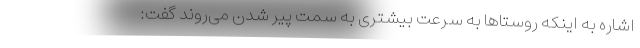
اشاره به اینکه روستاها به سرعت بیشتری به سمت پیر شدن می‌روند گفت: